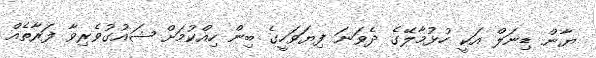
ޔާން ޑިނަލް އަކީ ހުޅުމާލޭގެ ދެވަނަ ފިޔަވަހީގެ ބިން ހިއްކުމަށް ޝައުގުވެރިވާ ފަރާތެއް